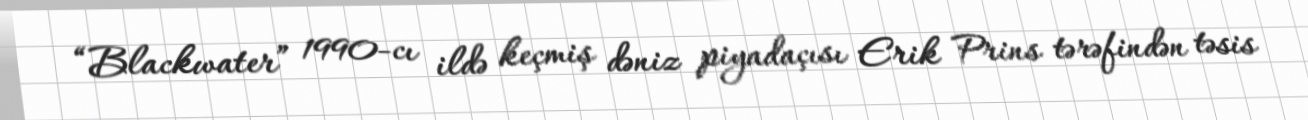
“Blackwater” 1990-cı ildə keçmiş dəniz piyadaçısı Erik Prins tərəfindən təsis